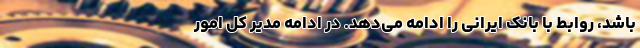
باشد، روابط با بانک ایرانی را ادامه می‌دهد. در ادامه مدیر کل امور